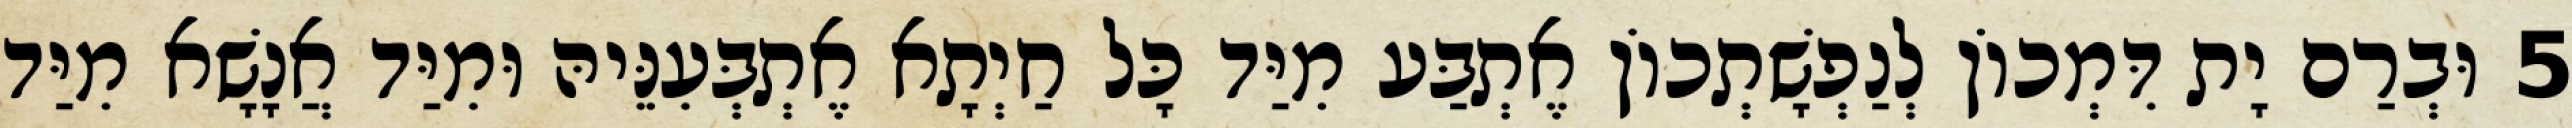
5 וּבְרַם יָת דִּמְכוֹן לְנַפְשָׁתְכוֹן אֶתְבַּע מִיַּד כָּל חַיְתָא אֶתְבְּעִנֵּיהּ וּמִיַּד אֲנָשָׁא מִיַּד